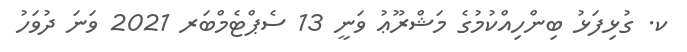
ކ. ގުޅިފަޅު ބިންހިއްކުމުގެ މަޝްރޫޢު ވަނީ 13 ސެޕްޓެމްބަރ 2021 ވަނަ ދުވަހު